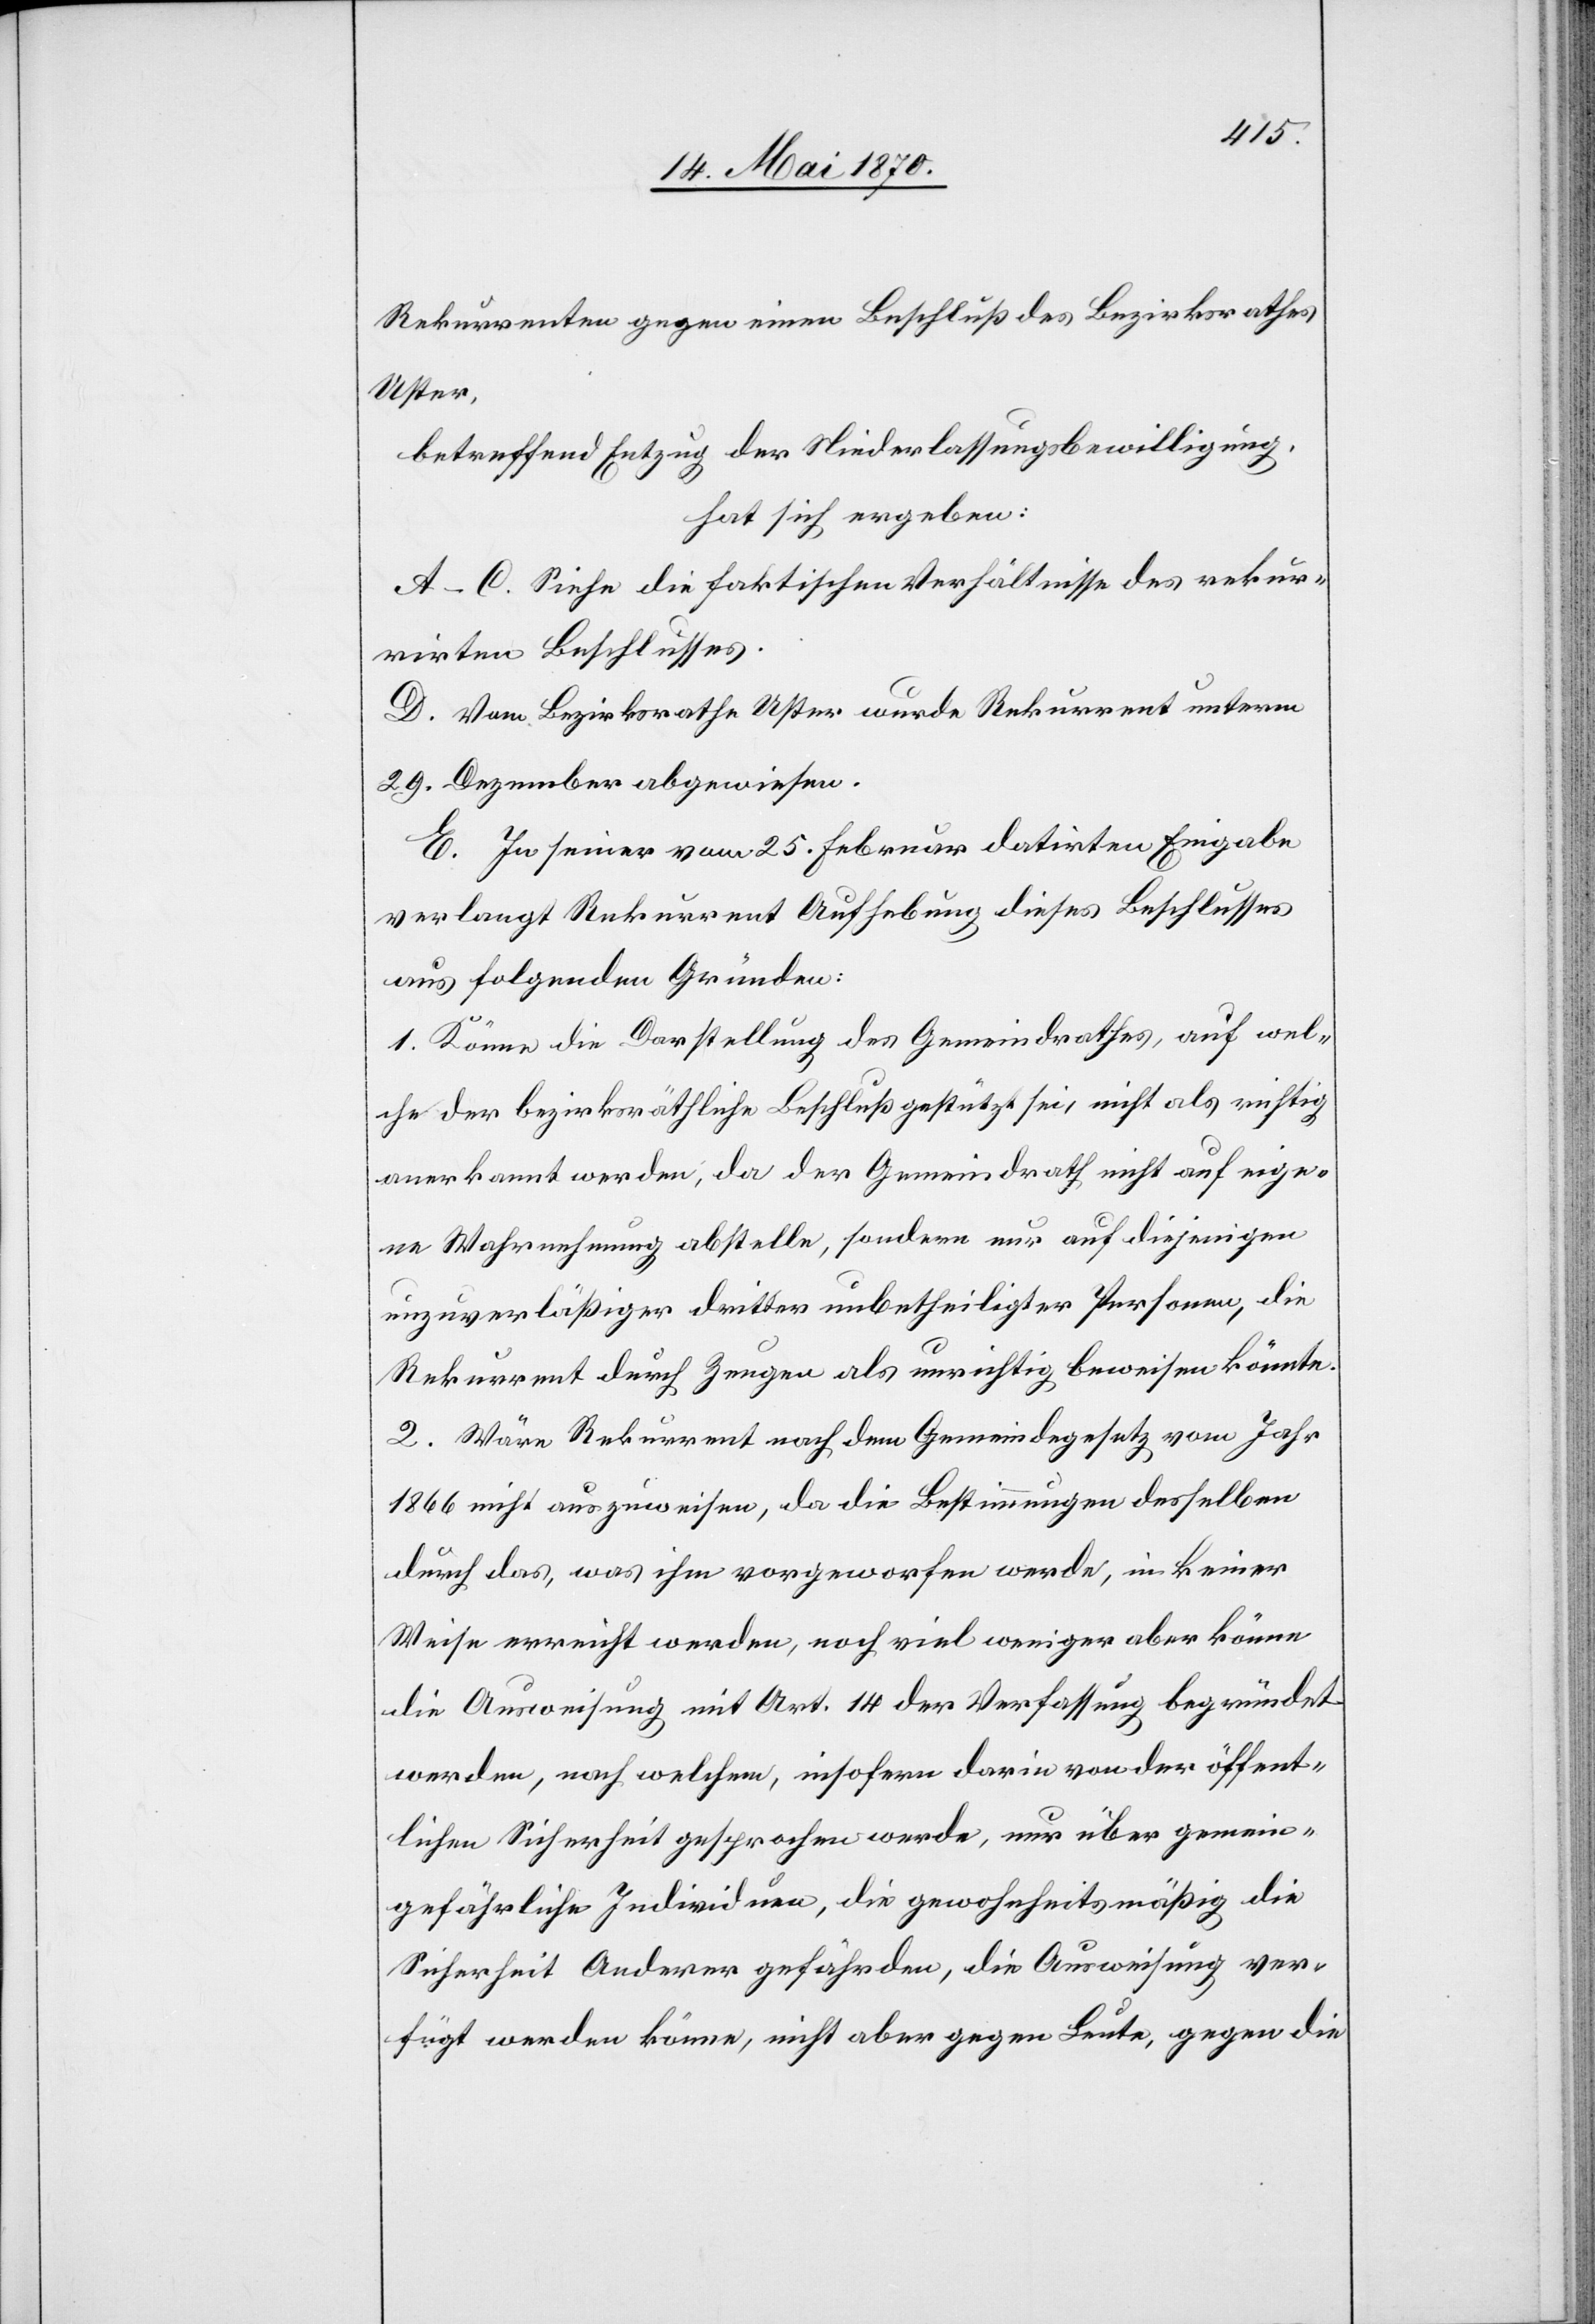
Rekurrenten gegen einen Beschluß des Bezirksrathes
Uster,
betreffend Entzug der Niederlassungsbewilligung,
hat sich ergeben:
A–C. Siehe die faktischen Verhältnisse des rekur¬
rirten Beschlusses.
D. Vom Bezirksrathe Uster wurde Rekurrent unterm
29. Dezember abgewiesen.
E. In seiner vom 25. Februar datirten Eingabe
verlangt Rekurrent Aufhebung dieses Beschlusses
aus folgenden Gründen:
1. Könne die Darstellung des Gemeindrathes, auf wel¬
che der bezirksräthliche Beschluß gestützt sei, nicht als richtig
anerkannt werden, da der Gemeindrath nicht auf eige¬
ne Wahrnehmung abstelle, sondern nur auf diejenigen
unzuverläßiger dritter unbetheiligter Personen, die
Rekurrent durch Zeugen als unrichtig beweisen könnte.
2. Wäre Rekurrent nach dem Gemeindegesetz vom Jahr
1866 nicht auszuweisen, da die Bestimmungen desselben
durch das, was ihm vorgeworfen werde, in keiner
Weise erreicht werden, noch viel weniger aber könne
die Ausweisung mit Art. 14 der Verfassung begründet
werden, nach welchem, insofern darin von der öffent¬
lichen Sicherheit gesprochen werde, nur über gemein¬
gefährliche Individuen, die gewohnheitsmäßig die
Sicherheit Anderer gefährden, die Ausweisung ver¬
fügt werden könne, nicht aber gegen Leute, gegen die